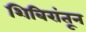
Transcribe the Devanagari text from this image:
शिबिरांतून